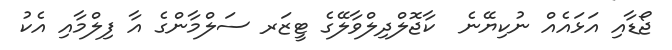
ޖޯޑާއި އަަޅައެއް ނުކިޔޭނެ  ކާޖޮލްދިލްވާލޭގެ ޓީޒަރ ސަލްމާންގެ އާ ފިލްމާއި އެކު